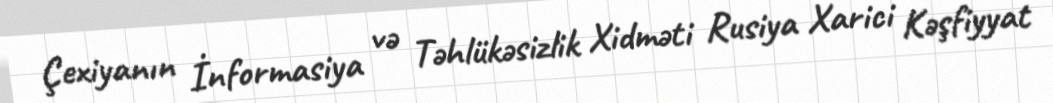
Çexiyanın İnformasiya və Təhlükəsizlik Xidməti Rusiya Xarici Kəşfiyyat